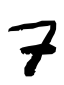
Text: 7
Cross-out: clean
Writing tool: digital_black